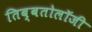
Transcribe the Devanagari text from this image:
तिब्‍बतोलॉजी